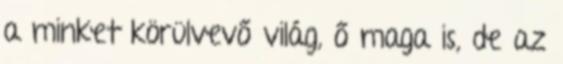
a minket körülvevő világ, ő maga is, de az